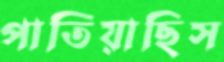
পাতিয়াছিস